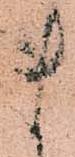
ま